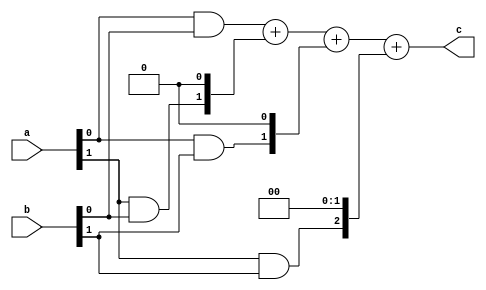
module v2x2(
input [1:0]a,
input [1:0]b,
output [3:0]c
);

wire q0;	
wire q1;	
wire q2;
wire q3;	
wire [3:0]temp1;
wire [3:0]temp2;
wire [3:0]temp3;
wire [3:0]temp4;
//wire [3:0]q4;
//wire [3:0]q5;
//wire [3:0]q6;
 
assign q0 = a[0]&b[0];
assign q1 = a[1]&b[0];
assign q2 = a[0]&b[1];
assign q3 = a[1]&b[1];


assign temp1 = {3'b0 , q0};
assign temp2 = {2'b0 , q1 , 1'b0};
assign temp3 = {2'b0 , q2 , 1'b0};
assign temp4 = {1'b0, q3 , 2'b0};

assign c = temp1+temp2+temp3+temp4;


endmodule
module





/*
wire [3:0]c;
wire [3:0]temp;
assign c[0]=a[0]&b[0]; 
assign temp[0]=a[1]&b[0];
assign temp[1]=a[0]&b[1];
assign temp[2]=a[1]&b[1];
ha z1(temp[0],temp[1],c[1],temp[3]);
ha z2(temp[2],temp[3],c[2],c[3]);
endmodule
module ha(a,b,sum,carry);
input a,b;
output sum,carry;
xor(sum,a,b);
and(carry,a,b);
endmodule